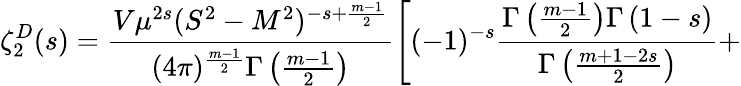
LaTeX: \zeta_{2}^{D}(s)=\frac{V\mu^{2s}(S^{2}-M^{2})^{-s+\frac{m-1}{2}}}{(4\pi)^{\frac{m-1}{2}}\Gamma\left(\frac{m-1}{2}\right)}\left[(-1)^{-s}\frac{\Gamma\left(\frac{m-1}{2}\right)\Gamma\left(1-s\right)}{\Gamma\left(\frac{m+1-2s}{2}\right)}+\right.